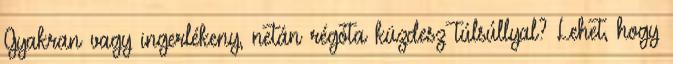
Gyakran vagy ingerlékeny, netán régóta küzdesz túlsúllyal? Lehet, hogy